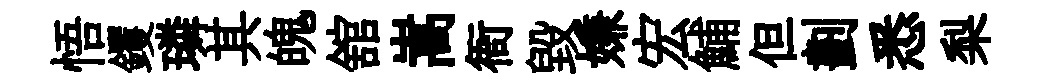
悟钁璘其魄舘嵩衙毁嫌宏鯆但劃悉梨